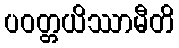
ပဝတ္တယိဿာမီတိ